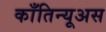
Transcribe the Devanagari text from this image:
काँतिन्यूअस